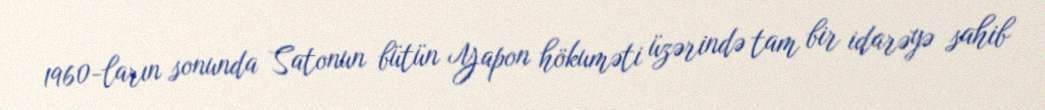
1960-ların sonunda Satonun bütün Yapon hökuməti üzərində tam bir idarəyə sahib